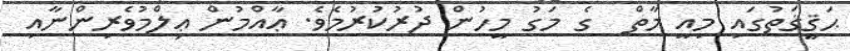
ޙަޤީޤަތުގައި މިއީ މާތް  ގެ މަގު މީހުން ދުރުކުރުމެވެ. ޢާއްމުން ޢިލްމުވެރިންނާއި